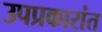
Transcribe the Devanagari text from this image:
उपप्रकारांत